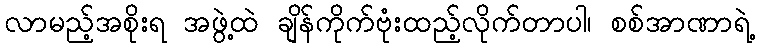
လာမည့်အစိုးရ အဖွဲ့ထဲ ချိန်ကိုက်ဗုံးထည့်လိုက်တာပါ၊ စစ်အာဏာရဲ့